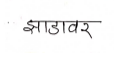
मजकूर: झाडावर